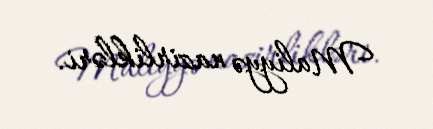
Maliyyə nazirlikləri.